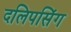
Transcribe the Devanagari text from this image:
दलिपसिंग